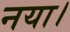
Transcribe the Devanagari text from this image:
नया।